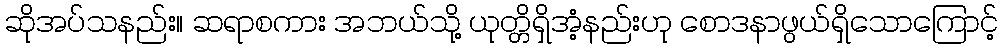
ဆိုအပ်သနည်း။ ဆရာစကား အဘယ်သို့ ယုတ္တိရှိအံ့နည်းဟု စောဒနာဖွယ်ရှိသောကြောင့်